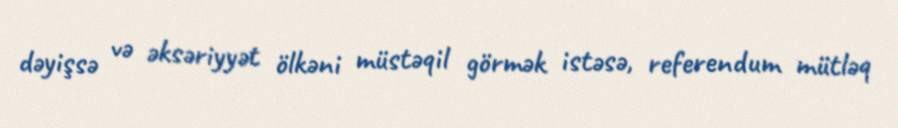
dəyişsə və əksəriyyət ölkəni müstəqil görmək istəsə, referendum mütləq